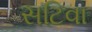
સટિવા